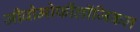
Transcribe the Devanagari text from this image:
जीवोमोर्फीलॉजिकल